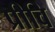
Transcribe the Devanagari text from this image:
प्रीवि